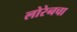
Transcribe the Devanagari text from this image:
लोरेनचा